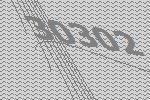
30302